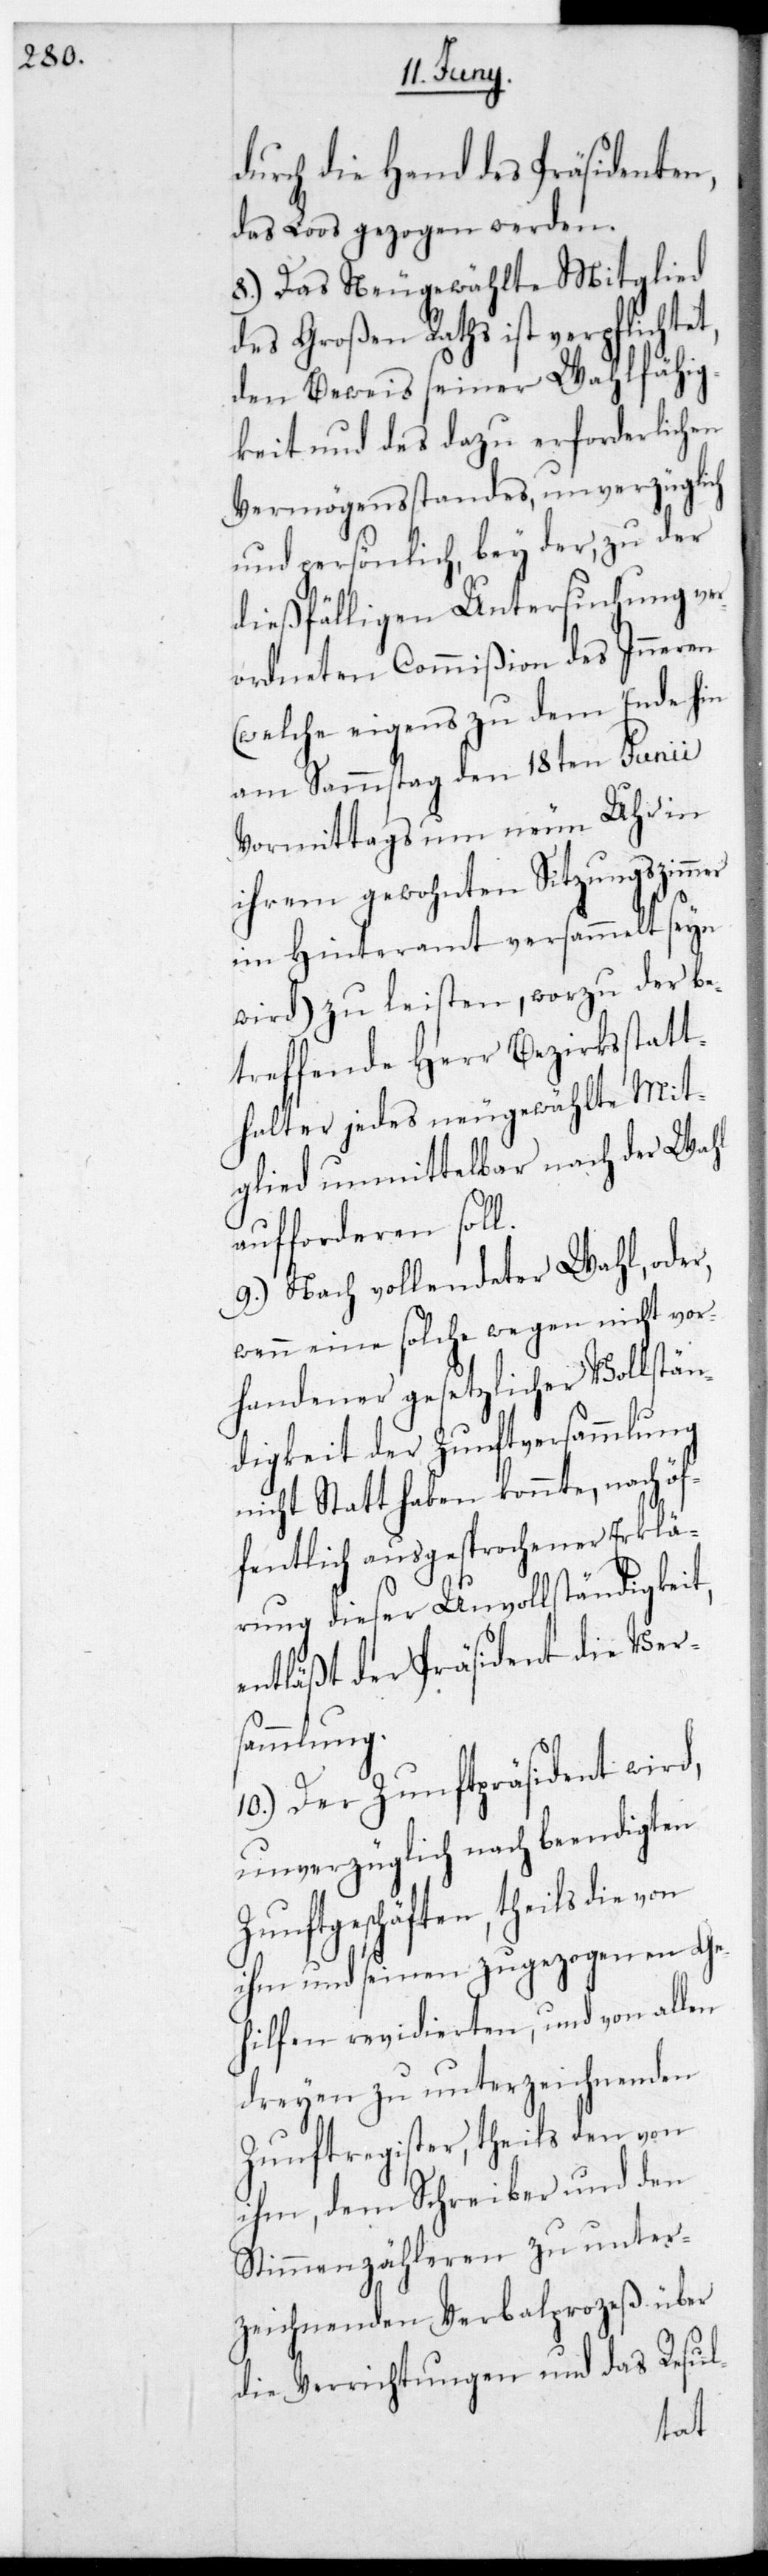
durch die Hand des Präsidenten
das Loos gezogen werden.
8.) Das Neugewählte Mitglied
des Großen Raths ist verpflichte¬
den Beweis seiner Wahlfähig¬
keit und des dazu erforderlichen
Vermögensstandes unverzüglich
und persönlich, bey der zu der
dießfälligen Untersuchung ver¬
ordneten Commißion des Inneren
(welche eigens zu dem Ende hin
am Sammstag den 18ten Junii
vormittags um neun Uhr in
ihrem gewohnten Sitzungszimmer
im Hinteramt versammelt sein
wird) zu leisten, worzu der be¬
treffende Herr Bezirksstatt¬
halter jedes neugewählte Mit¬
glied unmittelbar nach der Wahl
aufforderen soll.
9.) Nach vollendeter Wahl oder
wenn eine solche wegen nicht vor¬
handener gesetzlicher Vollstän¬
digkeit der Zunftversammlung
nicht statthaben konnte, nach öf¬
fentlich ausgesprochener Erklä¬
rung dieser Unvollständigkeit,
entläßt der Präsident die Ver¬
sammlung.
10.) Der Zunftpräsident wird,
unverzüglich nach beendigten
Zunftgeschäften, theils die von
ihm und seinen zugezogenen Ge¬
hilfen revidierten, und von allen
Dreyen zu unterzeichnenden
Zunftregister, theils den von
ihm, dem Schreiber und den
Stimmenzähleren zu unter¬
zeichnenden Verbalprozeß über
die Verrichtungen und das Resul-
t,